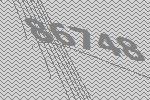
86748